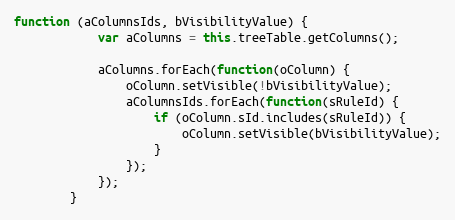
Language: JavaScript
function (aColumnsIds, bVisibilityValue) {
			var aColumns = this.treeTable.getColumns();

			aColumns.forEach(function(oColumn) {
				oColumn.setVisible(!bVisibilityValue);
				aColumnsIds.forEach(function(sRuleId) {
					if (oColumn.sId.includes(sRuleId)) {
						oColumn.setVisible(bVisibilityValue);
					}
				});
			});
		}